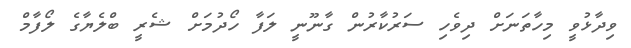
ވިދާޅުވީ މިހާތަނަށް ދިވެހި ސަރުކާރުން ގާނޫނީ ލަފާ ހޯދުމަށް ޝެރީ ބްލެޔާގެ ލޯފާމް